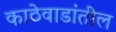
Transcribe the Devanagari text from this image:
काठेवाडांतील